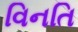
વિનતિ